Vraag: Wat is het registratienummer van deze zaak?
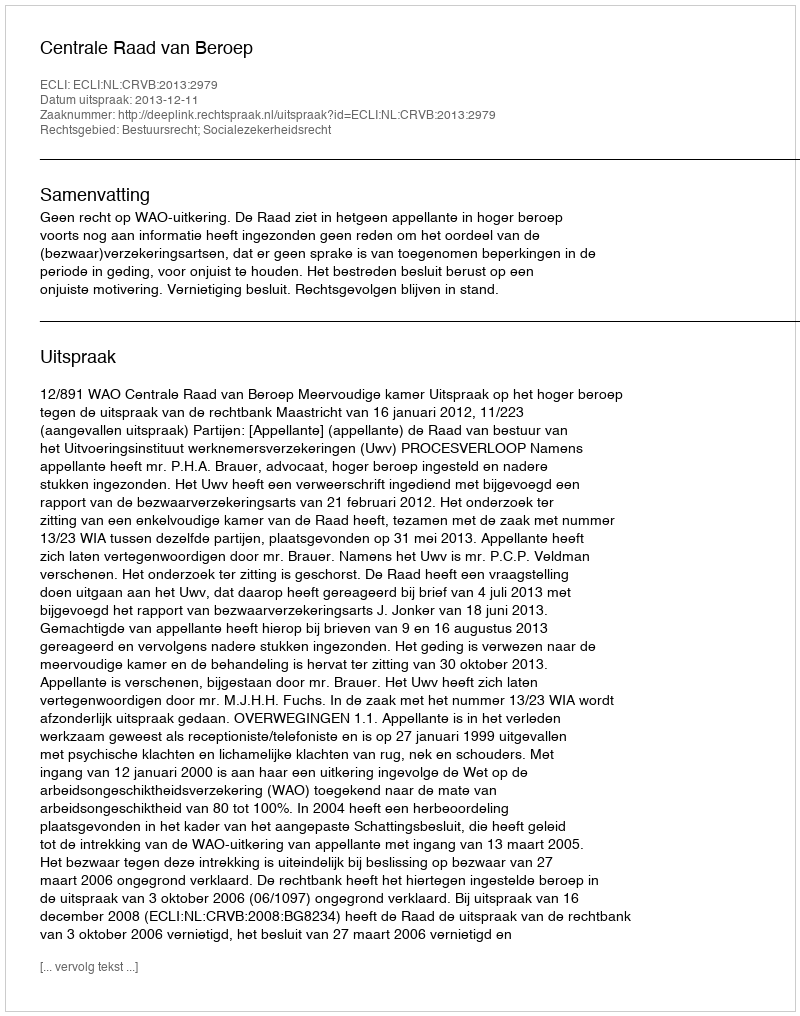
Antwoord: http://deeplink.rechtspraak.nl/uitspraak?id=ECLI:NL:CRVB:2013:2979